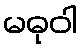
မဓုဝါ